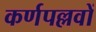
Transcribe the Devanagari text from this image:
कर्णपल्लवों